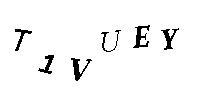
T1VUEY